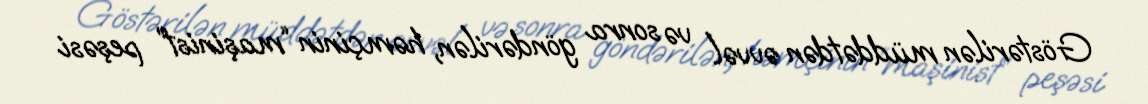
Göstərilən müddətdən əvvəl və sonra göndərilən, həmçinin “maşinist” peşəsi